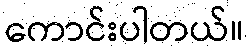
ကောင်းပါတယ်။